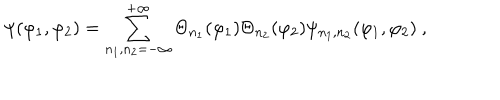
LaTeX: \psi ( \varphi _ { 1 } , \varphi _ { 2 } ) = \sum _ { n _ { 1 } , n _ { 2 } = - \infty } ^ { + \infty } \Theta _ { n _ { 1 } } ( \varphi _ { 1 } ) \Theta _ { n _ { 2 } } ( \varphi _ { 2 } ) \psi _ { n _ { 1 } , n _ { 2 } } ( \varphi _ { 1 } , \varphi _ { 2 } ) \ ,